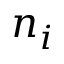
n _ { i }